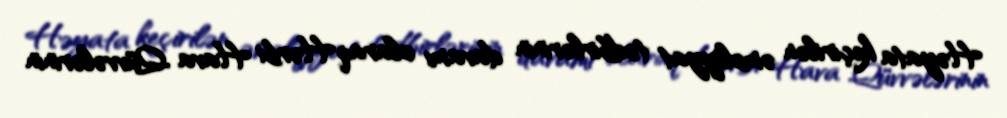
Həyata keçirilən əməliyyat tədbirlərinin davamı olaraq Hərbi Hava Qüvvələrinin